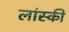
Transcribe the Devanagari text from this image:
लांस्की